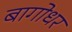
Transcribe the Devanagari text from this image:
बागोधर